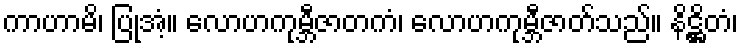
ကာဟာမိ၊ ပြုအံ့။ လောဟကုမ္ဘီဇာတကံ၊ လောဟကုမ္ဘီဇာတ်သည်။ နိဋ္ဌိတံ၊